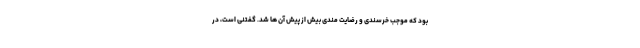
بود که موجب خرسندی و رضایت مندی بیش از پیش آن ها شد. گفتنی است، در